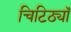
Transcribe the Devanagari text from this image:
चिटिठ्यॉँ